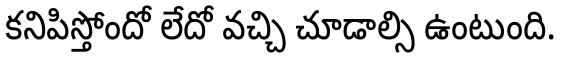
కనిపిస్తోందో లేదో వచ్చి చూడాల్సి ఉంటుంది.